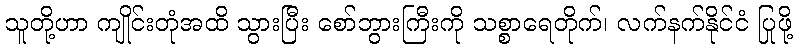
သူတို့ဟာ ကျိုင်းတုံအထိ သွားပြီး စော်ဘွားကြီးကို သစ္စာရေတိုက်၊ လက်နက်နိုင်ငံ ပြုဖို့